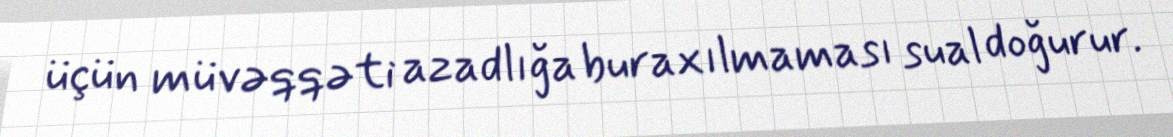
üçün müvəqqəti azadlığa buraxılmaması sual doğurur.